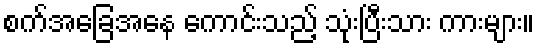
စက်အခြေအနေ ကောင်းသည့် သုံးပြီးသား ကားများ။